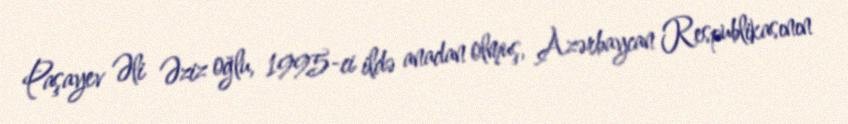
Paşayev Əli Əziz oğlu, 1995-ci ildə anadan olmuş, Azərbaycan Respublikasının